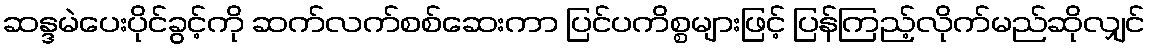
ဆန္ဒမဲပေးပိုင်ခွင့်ကို ဆက်လက်စစ်ဆေးကာ ပြင်ပကိစ္စများဖြင့် ပြန်ကြည့်လိုက်မည်ဆိုလျှင်